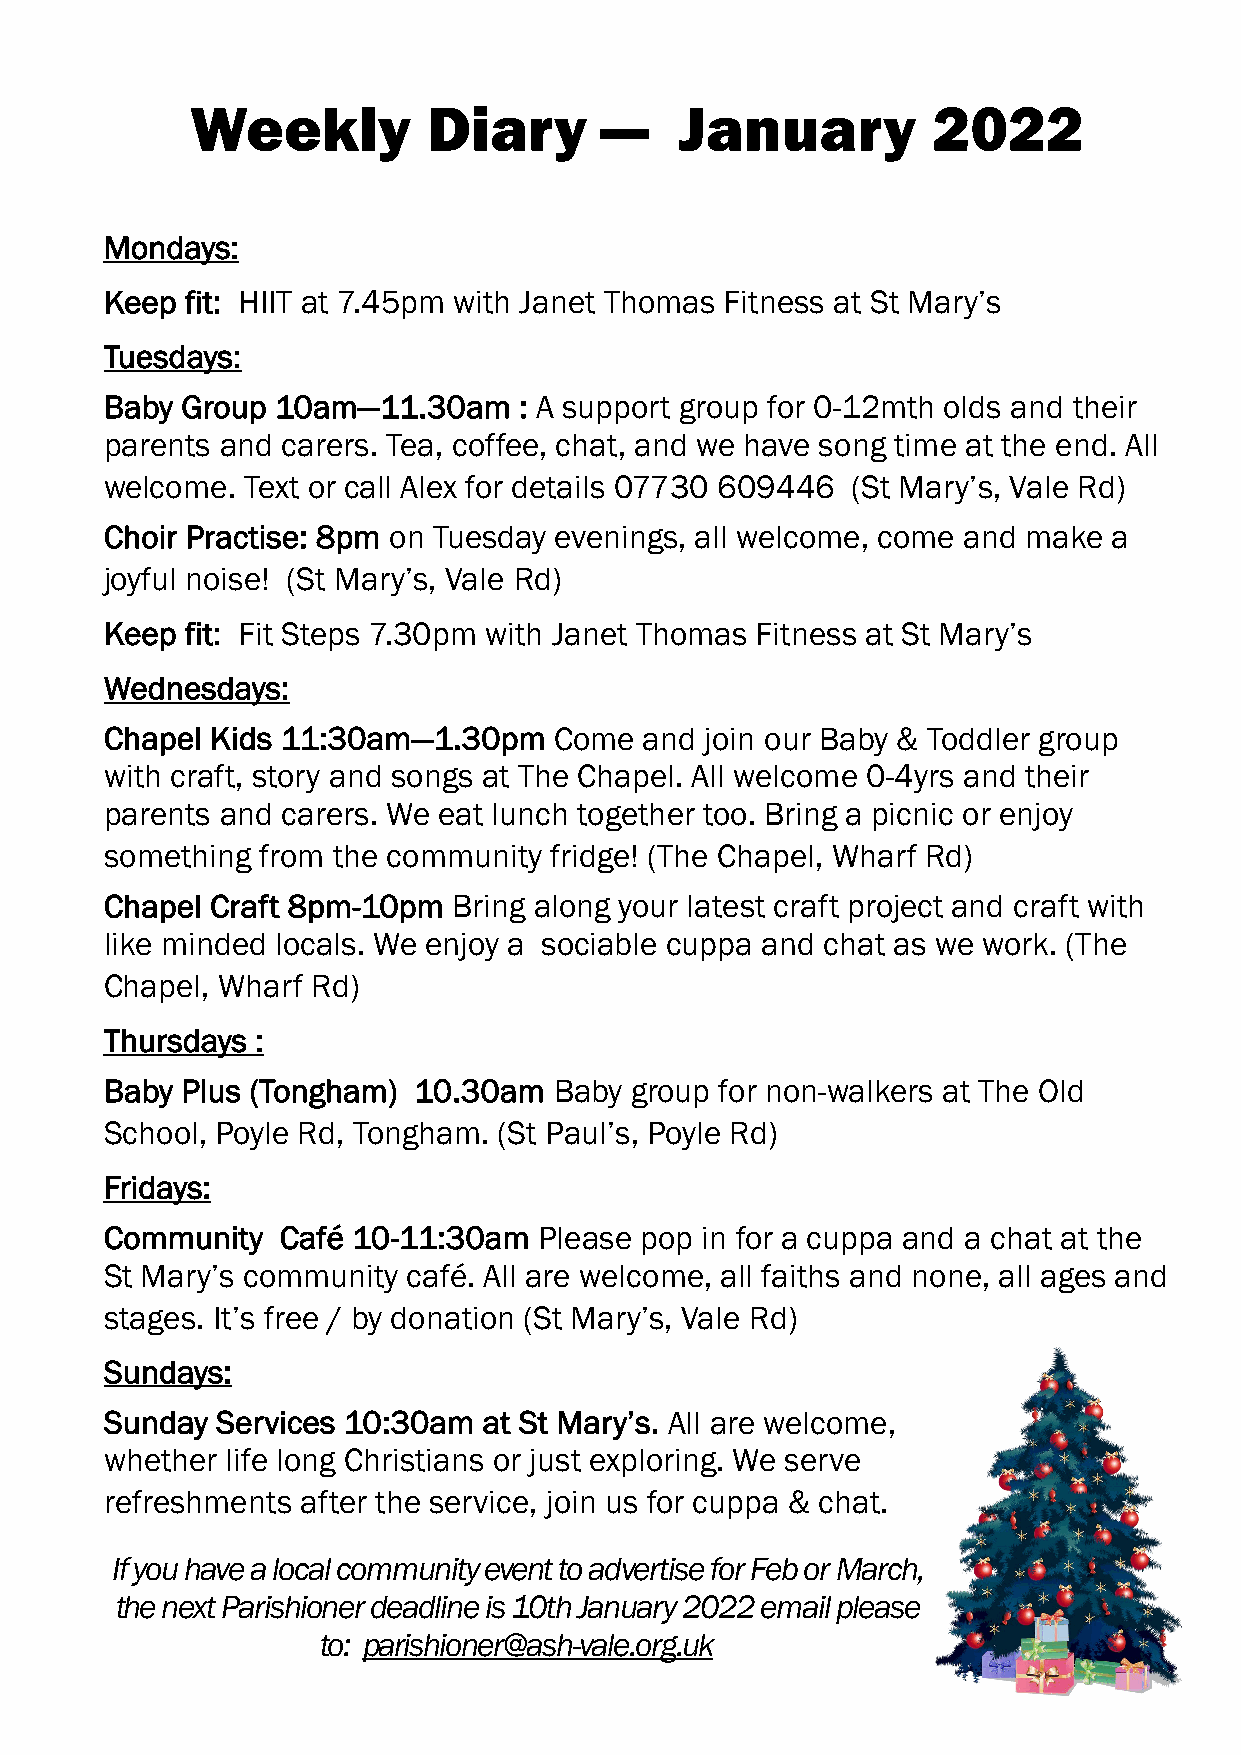
Weekly         Diary       —    January          2022
 Mondays:
 Keep fit: HIIT at 7.45pm with Janet Thomas Fitness at St Mary’s
 Tuesdays:
 Baby Group 10am—11.30am    : A support group for 0-12mth olds and their
 parents and carers. Tea, coffee, chat, and we have song time at the end. All
 welcome. Text or call Alex for details 07730 609446 (St Mary’s, Vale Rd)
 Choir Practise: 8pm on Tuesday evenings, all welcome, come and make a
 joyful noise! (St Mary’s, Vale Rd)
 Keep fit: Fit Steps 7.30pm with Janet Thomas Fitness at St Mary’s
 Wednesdays:
 Chapel Kids 11:30am—1.30pm    Come  and join our Baby & Toddler group
 with craft, story and songs at The Chapel. All welcome 0-4yrs and their
 parents and carers. We eat lunch together too. Bring a picnic or enjoy
 something from the community fridge! (The Chapel, Wharf Rd)
 Chapel Craft 8pm-10pm  Bring along your latest craft project and craft with
 like minded locals. We enjoy a sociable cuppa and chat as we work. (The
 Chapel, Wharf Rd)
 Thursdays :
 Baby Plus (Tongham) 10.30am   Baby group for non-walkers at The Old
 School, Poyle Rd, Tongham. (St Paul’s, Poyle Rd)
 Fridays:
 Community   Café 10-11:30am  Please pop in for a cuppa and a chat at the
 St Mary’s community café. All are welcome, all faiths and none, all ages and
 stages. It’s free / by donation (St Mary’s, Vale Rd)
 Sundays:
 Sunday Services 10:30am  at St Mary’s. All are welcome,
 whether life long Christians or just exploring. We serve
 refreshments after the service, join us for cuppa & chat.
 If you have a local community event to advertise for Feb or March,
 the next Parishioner deadline is 10th January 2022 email please
 to: parishioner@ash-vale.org.uk